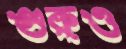
গুরুও